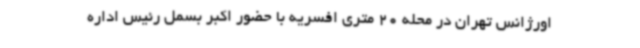
اورژانس تهران در محله 20 متری افسریه با حضور اکبر بسمل رئیس اداره